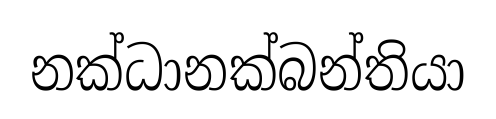
නක්ධානක්බන්තියා